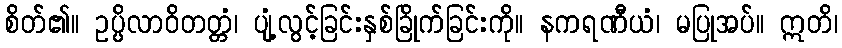
စိတ်၏။ ဥပ္ပိလာဝိတတ္တံ၊ ပျံ့လွင့်ခြင်းနှစ်ခြိုက်ခြင်းကို။ နကရဏီယံ၊ မပြုအပ်။ ဣတိ၊